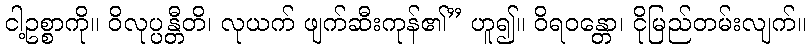
ငါ့ဥစ္စာကို။ ဝိလုပ္ပန္တီတိ၊ လုယက် ဖျက်ဆီးကုန်၏” ဟူ၍။ ဝိရဝန္တော၊ ငိုမြည်တမ်းလျက်။